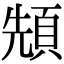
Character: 𩒙